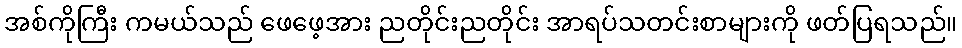
အစ်ကိုကြီး ကမယ်သည် ဖေဖေ့အား ညတိုင်းညတိုင်း အာရပ်သတင်းစာများကို ဖတ်ပြရသည်။